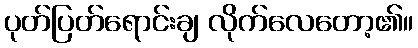
ပုတ်ပြတ်ရောင်းချ လိုက်လေတော့၏။